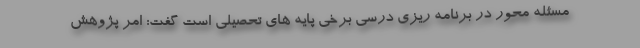
مسئله محور در برنامه ریزی درسی برخی پایه های تحصیلی است گفت: امر پژوهش